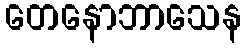
တေနောဘာသေန